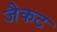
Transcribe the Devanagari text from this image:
जैकट